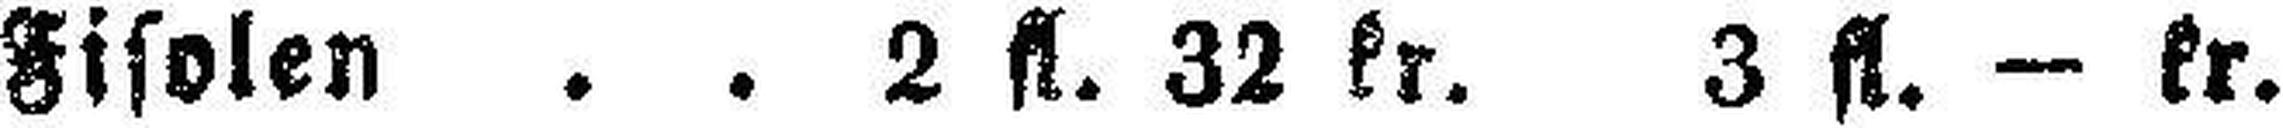
Fisolen . . 2 fl. 32 kr. 3 fl. — kr.